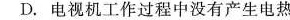
D.电视机工作过程中没有产生电热